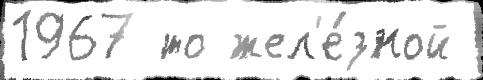
1967 то жел'е́зной